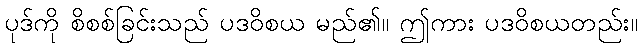
ပုဒ်ကို စိစစ်ခြင်းသည် ပဒဝိစယ မည်၏။ ဤကား ပဒဝိစယတည်း။